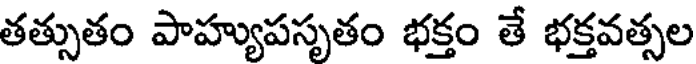
తత్సుతం పాహ్యుపసృతం భక్తం తే భక్తవత్సల